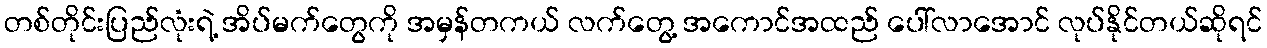
တစ်တိုင်းပြည်လုံးရဲ့ အိပ်မက်တွေကို အမှန်တကယ် လက်တွေ့ အကောင်အထည် ပေါ်လာအောင် လုပ်နိုင်တယ်ဆိုရင်